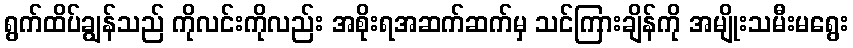
ရွက်ထိပ်ချွန်သည် ကိုလင်းကိုလည်း အစိုးရအဆက်ဆက်မှ သင်ကြားချိန်ကို အမျိုးသမီးမရွေး